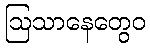
ဩသာနေတွေဝ